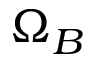
\Omega _ { B }